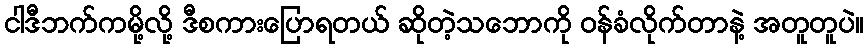
ငါဒီဘက်ကမို့လို့ ဒီစကားပြောရတယ် ဆိုတဲ့သဘောကို ဝန်ခံလိုက်တာနဲ့ အတူတူပဲ။